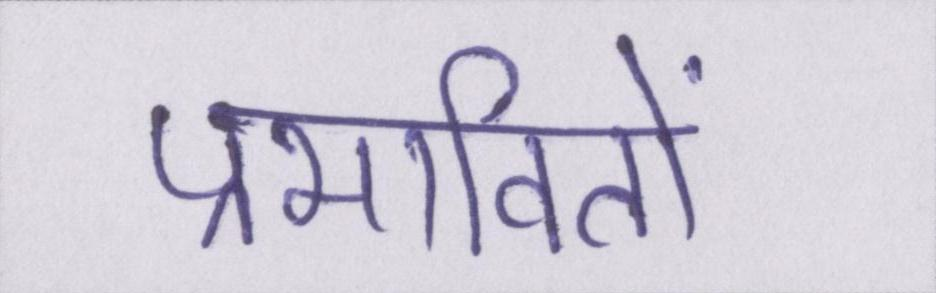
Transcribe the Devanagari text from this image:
प्रभावितों